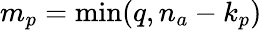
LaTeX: m_{p}=\operatorname*{min}(q,n_{a}-k_{p})